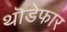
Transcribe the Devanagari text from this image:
थॊडेफार